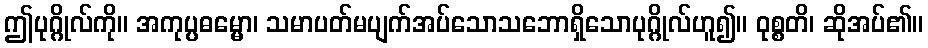
ဤပုဂ္ဂိုလ်ကို။ အကုပ္ပဓမ္မော၊ သမာပတ်မပျက်အပ်သောသဘောရှိသောပုဂ္ဂိုလ်ဟူ၍။ ဝုစ္စတိ၊ ဆိုအပ်၏။